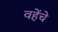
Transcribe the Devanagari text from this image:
वहेंचे